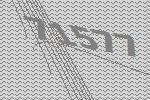
71577